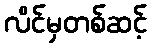
လိင်မှတစ်ဆင့်